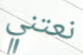
نعتني